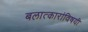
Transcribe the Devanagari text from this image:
बलात्कारांविषयी